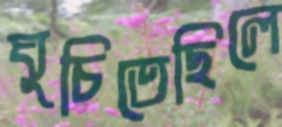
ঘুচিতেছিলে